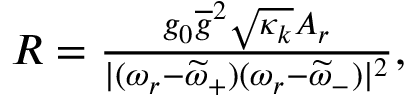
\begin{array} { r } { R = \frac { g _ { 0 } \overline { { g } } ^ { 2 } \sqrt { \kappa _ { k } } A _ { r } } { | ( \omega _ { r } - \widetilde { \omega } _ { + } ) ( \omega _ { r } - \widetilde { \omega } _ { - } ) | ^ { 2 } } , } \end{array}